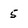
Character: 5